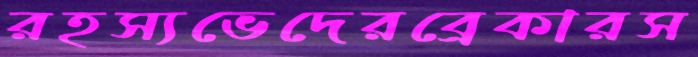
রহস্যভেদেরব্রেকারস